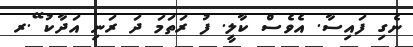
ނެގި ފައިސާ. އެވެސް ކާލީ. ފު ރަތަމަ ދަ ރަނި އަދާކު ޭ.ރ